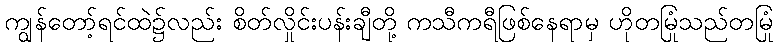
ကျွန်တော့်ရင်ထဲ၌လည်း စိတ်လှိုင်းပန်းချီတို့ ကသီကရီဖြစ်နေရာမှ ဟိုတမြုံသည်တမြုံ